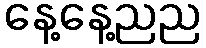
နေ့နေ့ညည